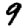
Digit: 9